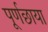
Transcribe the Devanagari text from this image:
पूर्णछाया